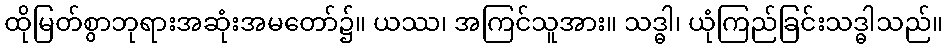
ထိုမြတ်စွာဘုရားအဆုံးအမတော်၌။ ယဿ၊ အကြင်သူအား။ သဒ္ဓါ၊ ယုံကြည်ခြင်းသဒ္ဓါသည်။